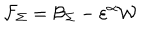
\mathcal { F } _ { \Sigma } = \mathcal { B } _ { \Sigma } - \varepsilon ^ { \alpha } \mathcal { W }